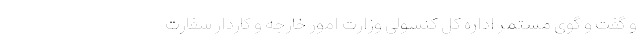
و گفت و گوی مستمر اداره کل کنسولی وزارت امور خارجه و کاردار سفارت